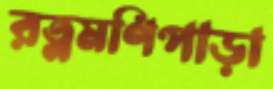
রত্নমণিপাড়া